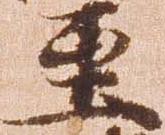
至